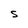
Character: S